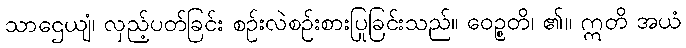
သာဌေယျံ၊ လှည့်ပတ်ခြင်း စဉ်းလဲစဉ်းစားပြုခြင်းသည်။ ဝေဉ္စတိ၊ ၏။ ဣတိ အယံ